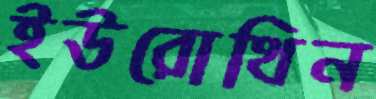
ইউরোথিন